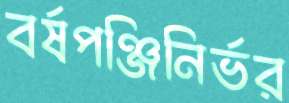
বর্ষপঞ্জিনির্ভর